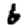
Digit: 6